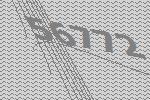
56772